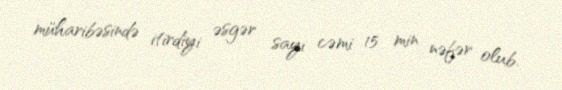
müharibəsində itirdiyi əsgər sayı cəmi 15 min nəfər olub.